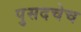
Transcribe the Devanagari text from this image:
पुसदचेच